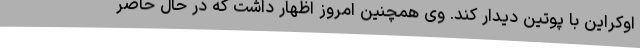
اوکراین با پوتین دیدار کند. وی همچنین امروز اظهار داشت که در حال حاضر